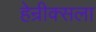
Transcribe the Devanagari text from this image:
हेन्रीक्सला